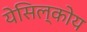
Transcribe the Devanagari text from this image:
येसिल्कोय